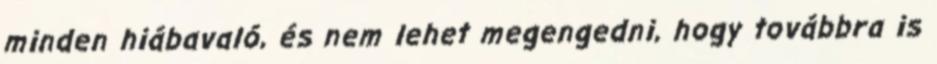
minden hiábavaló, és nem lehet megengedni, hogy továbbra is